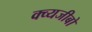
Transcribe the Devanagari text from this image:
क्व्यजीबो